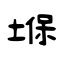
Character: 堢